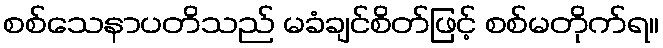
စစ်သေနာပတိသည် မခံချင်စိတ်ဖြင့် စစ်မတိုက်ရ။